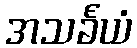
အသင်္ခယံ